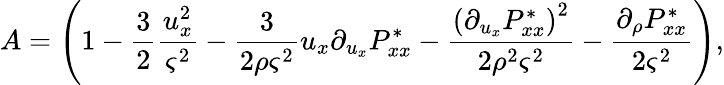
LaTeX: A=\left(1-\frac{3}{2}\frac{u_{x}^{2}}{\varsigma^{2}}-\frac{3}{2\rho\varsigma^{2}}u_{x}\partial_{u_{x}}P_{xx}^{*}-\frac{{(\partial_{u_{x}}P_{xx}^{*})}^{2}}{2\rho^{2}\varsigma^{2}}-\frac{\partial_{\rho}P_{xx}^{*}}{2\varsigma^{2}}\right),